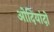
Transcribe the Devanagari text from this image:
ओदियांदो